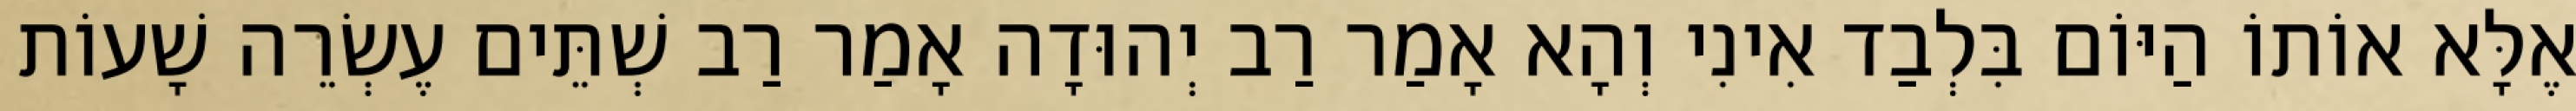
אֶלָּא אוֹתוֹ הַיּוֹם בִּלְבַד אִינִי וְהָא אָמַר רַב יְהוּדָה אָמַר רַב שְׁתֵּים עֶשְׂרֵה שָׁעוֹת